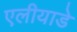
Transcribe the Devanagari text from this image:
एलीयाडे